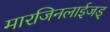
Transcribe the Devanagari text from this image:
मारजिनलाईजड्